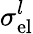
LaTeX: \sigma_{\mathrm{el}}^{l}